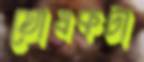
তোষকটা